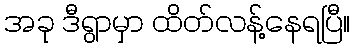
အခု ဒီရွာမှာ ထိတ်လန့်နေရပြီ။